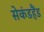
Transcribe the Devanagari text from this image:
सेकंडहैंड